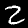
Label: 2